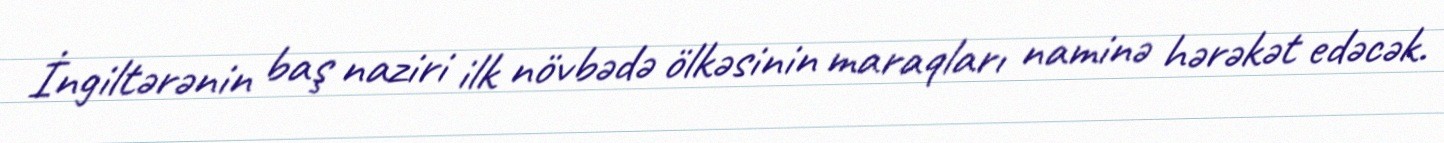
İngiltərənin baş naziri ilk növbədə ölkəsinin maraqları naminə hərəkət edəcək.